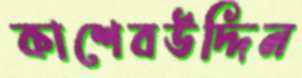
কাশেবউদ্দিন